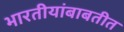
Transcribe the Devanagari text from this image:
भारतीयांबाबतीत